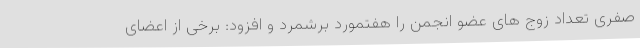
صفری تعداد زوج های عضو انجمن را هفتمورد برشمرد و افزود: برخی از اعضای